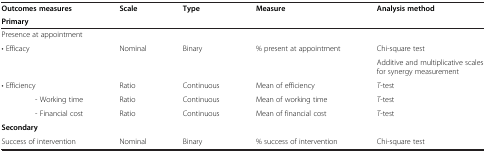
| Outcomes measures | Scale | Type | Measure | Analysis method |
 | Primary |  |  |  |  |
 | --- | --- | --- | --- | --- |
 | Presence at appointment |  |  |  |  |
 | <ROWSPAN=2> • Efficacy | <ROWSPAN=2> Nominal | <ROWSPAN=2> Binary | <ROWSPAN=2> % present at appointment | Chi-square test |
 | Additive and multiplicative scales for synergy measurement |
 | • Efficiency | Ratio | Continuous | Mean of efficiency | T-test |
 | - Working time | Ratio | Continuous | Mean of working time | T-test |
 | - Financial cost | Ratio | Continuous | Mean of financial cost | T-test |
 | Secondary |  |  |  |  |
 | Success of intervention | Nominal | Binary | % success of intervention | Chi-square test |